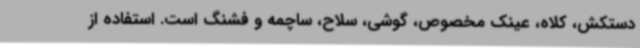
دستکش، کلاه، عینک مخصوص، گوشی، سلاح، ساچمه و فشنگ است. استفاده از